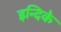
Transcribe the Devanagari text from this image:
इन्दिके